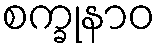
စက္ခုနာဝ